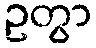
ဥတွာ